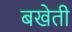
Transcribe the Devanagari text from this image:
बखेती